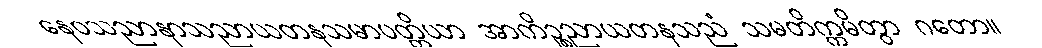
နေဝသညာနာသညာယတနသမာပတ္တိယာ အာကိဉ္စညာယတနသညံ သမတိက္ကမိတွာ ဂတော။